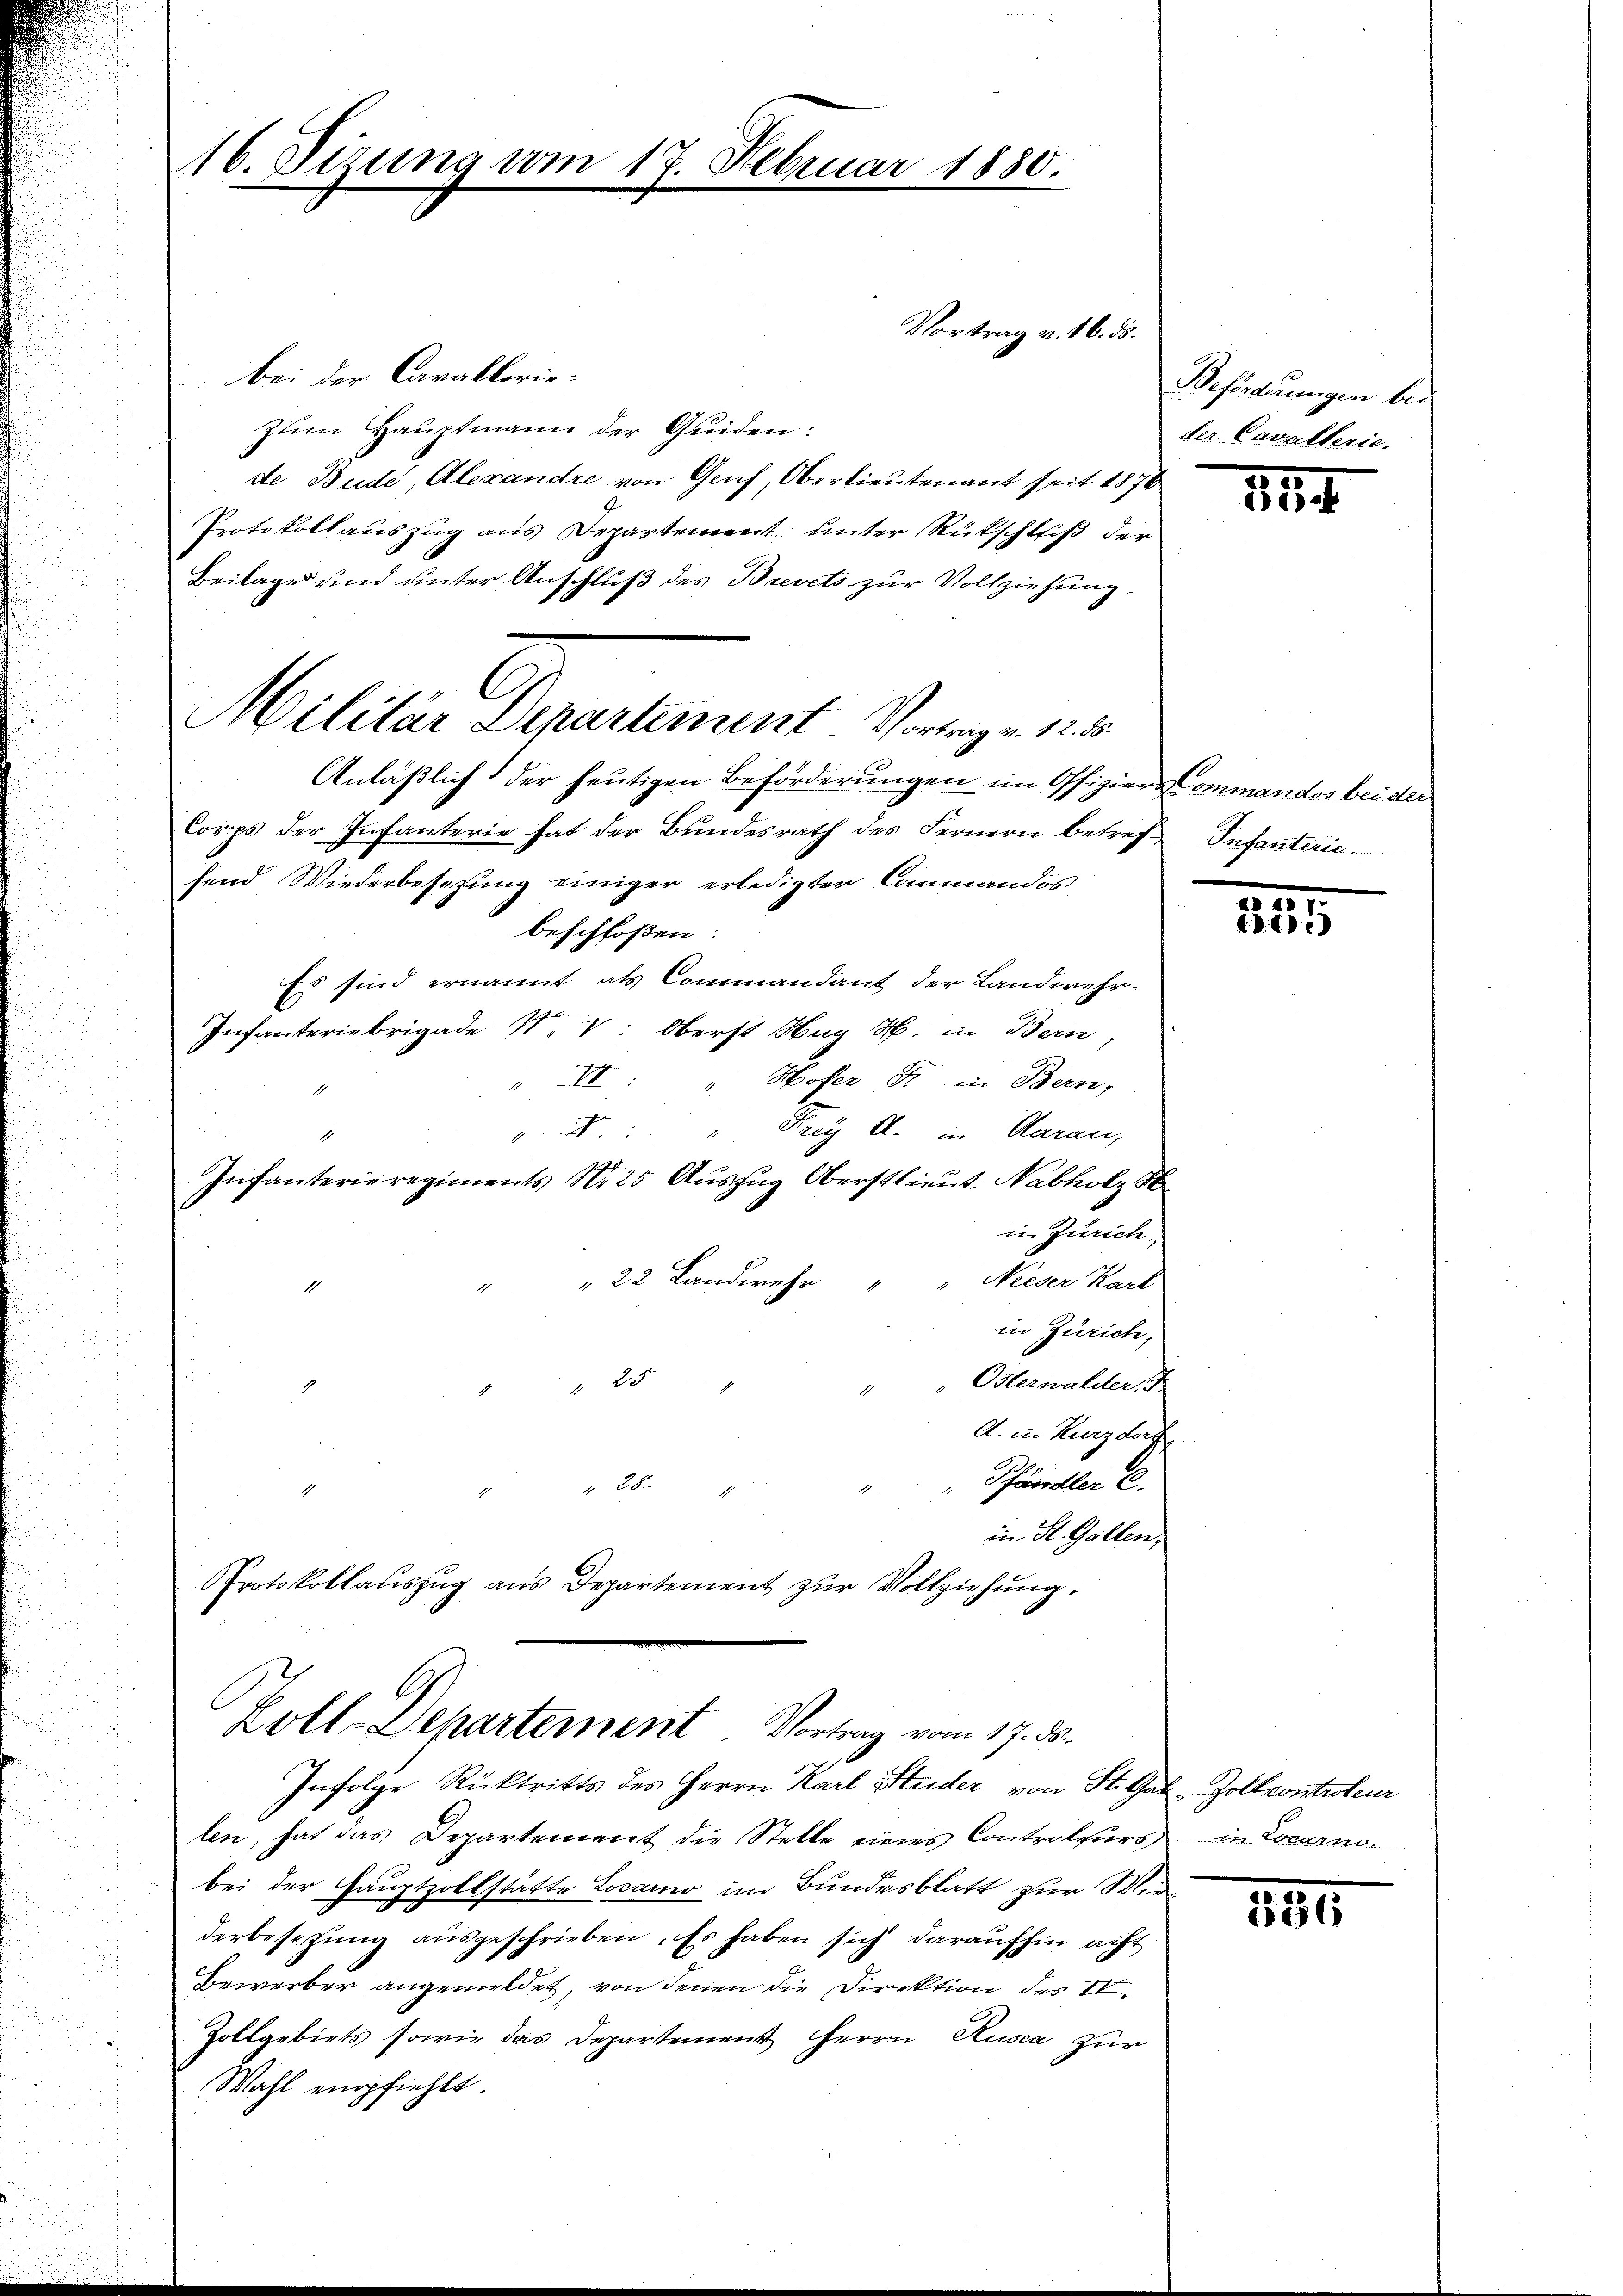
16. Sizung vom 17. Februar 1850.

Militar Departement Vorge ein

bei der Cavalleriezum Hauptmann der Quiden:
de Bude, Alexandre von Genf, Oberlieutenant seit 1876
Protokollauszug aus Departement unter Rückschluß der
Beilage und unter Anschluß des Brevets zur Vollziehung
Anläßlich der heutigen Beförderungen im Offiziers-Commandos bei der
Corps der Infanterie hat der Bundesrath des Fernern betref Infanteriehend Wiederbesezung einiger erledigter Commandos
beschloßen:
Es sind ernannt als Commandant der Landwehr-
Infanteriebrigade N. V. Oberst Hug M. in Bern,
VI: " Hofer Fr. in Bern,
1
" Frey Al. in daran,
v. A
Infanterieregiments Nr. 25 Aŭszŭg Oberstlieut. Nabholz St
in Zürich
" Neeser Karl
22 Landwehr
in Zürich,
Osterwalder,
 x
A. in Kurzdorf
Pfumeller 2.
 24 x
in St. Gallen,
Protokollauszug aus Departement zur Vollziehung.

Vortrag v. 16. ds.

Loll-Departement Vortrag vom 17. ds.
Infolge Rücktritts des Herrn Karl Heider von St. Gab Zollcontroleur

len, hat das Departement die Stelle eines Controleurs in Locarno.
bei der Hauptzollstätte Locarno im Bundesblatt zur Wirderbesetzŭng aŭsgeschrieben. Es haben sich daraufhin acht
Bewerber angemeldet, von denen die Direktion des II.
Zollgebiets sowie das Departement Herrn Rusca zur
Wahl empfiehlt.

Beförderungen bei
der Cavallerie.

184

3
46)

186